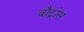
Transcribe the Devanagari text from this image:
बौट्रोस